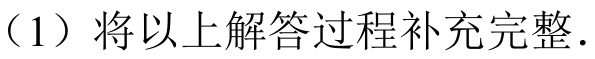
（1）将以上解答过程补充完整.